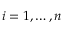
i = 1 , \dots , n